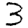
Digit: 3